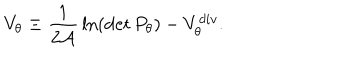
V _ { \theta } \equiv { \frac { 1 } { 2 { \cal A } } } \, { \ln } ( \det P _ { \theta } ) - V _ { \theta } ^ { d i v } .